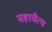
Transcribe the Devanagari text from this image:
महाचैत्य